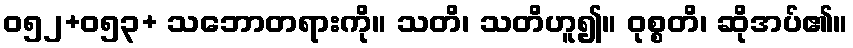
ဝ၅၂+၀၅၃+ သဘောတရားကို။ သတိ၊ သတိဟူ၍။ ဝုစ္စတိ၊ ဆိုအပ်၏။